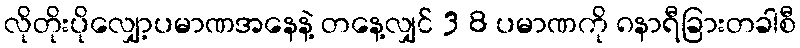
လိုတိုးပိုလျှော့ပမာဏအနေနဲ့ တနေ့လျှင် 3 8 ပမာဏကို ၈နာရီခြားတခါစီ